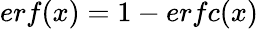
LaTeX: erf(x)=1-erfc(x)